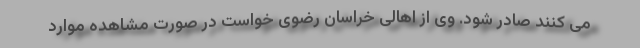
می کنند صادر شود. وی از اهالی خراسان رضوی خواست در صورت مشاهده موارد